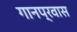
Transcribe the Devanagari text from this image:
गानप्रवास